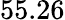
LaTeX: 55.26